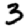
Digit: 3